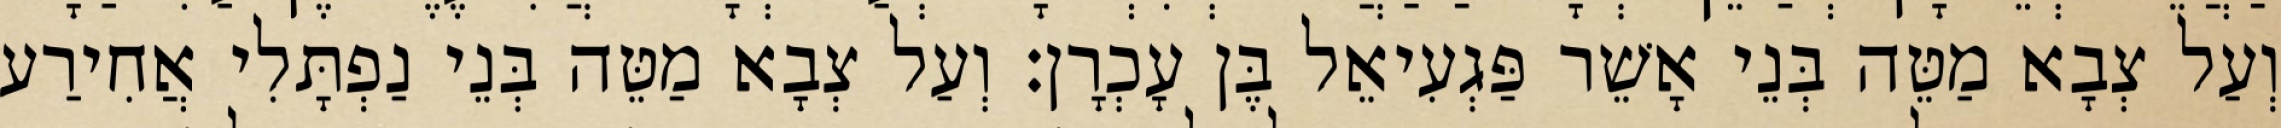
וְעַל צְבָא מַטֵּה בְּנֵי אָשֵׁר פַּגְעִיאֵל בֶּן עָכְרָן׃ וְעַל צְבָא מַטֵּה בְּנֵי נַפְתָּלִי אֲחִירַע